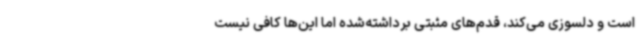
است و دلسوزی می‌کند، قدم‌های مثبتی برداشته‌شده اما این‌ها کافی نیست